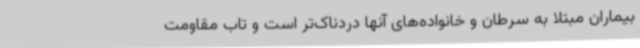
بیماران مبتلا به سرطان و خانواده‌های آنها دردناک‌تر است و تاب مقاومت